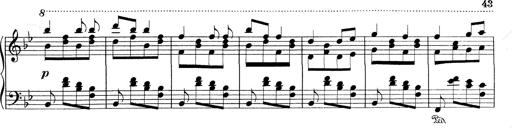
Title: RÃ©miniscences de Don Juan
Composer: Franz Liszt